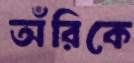
অঁরিকে